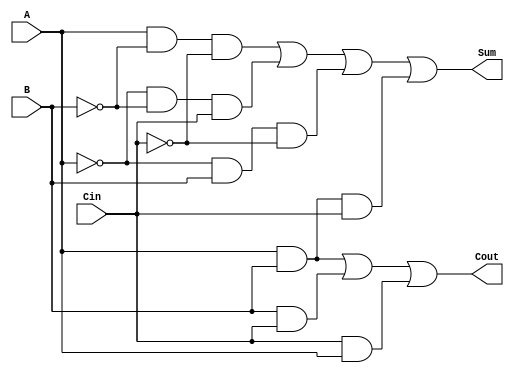
`timescale 1ns / 1ps

module FullAdder1Bit(A,B,Cin,Cout,Sum);
input A,B,Cin;
output Cout,Sum;

    and and1(f,A,B);
    and and2(g,B,Cin);
    and and3(h,Cin,A);
    or or1(Cout,f,g,h);
    
    and and4(i,A,~B,~Cin);
    and and5(j,~A,~B,Cin);
    and and6(k,~A,B,~Cin);
    and and7(m,A,B,Cin);
    
    or or2(Sum,i,j,k,m);
endmodule